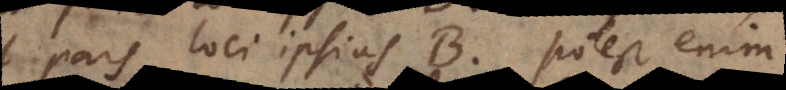
pars loci ipsius B, potest enim